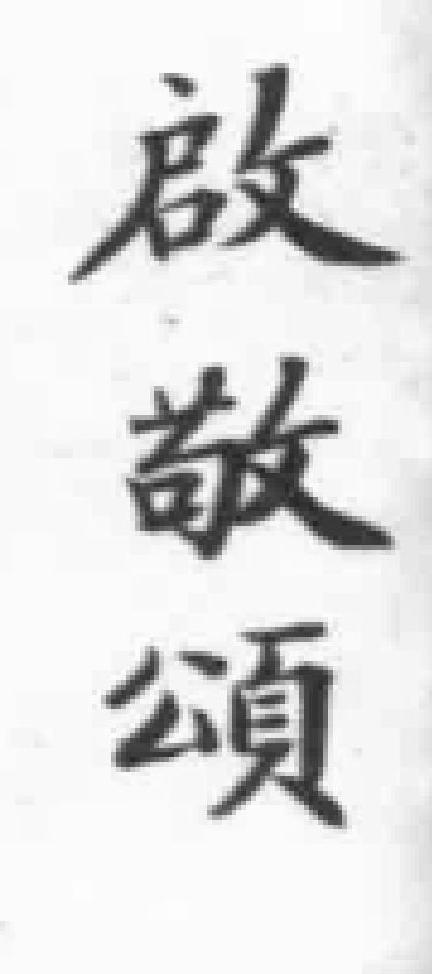
啟敬頌